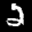
Label: 2